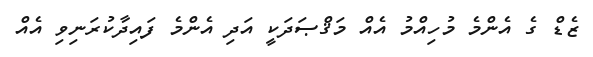
ޒެޑް ގެ އެންމެ މުހިއްމު އެއް މަޤްޞަދަކީ އަދި އެންމެ ފައިދާކުރަނިވި އެއް